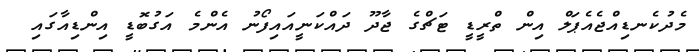
މެދުކެނޑިއްޖެއެޕަލް އިން ތްރީޑީ ޓަޗްގެ ޖާދޫ ދައްކަނީއައިފޯނު އެންމެ އަގުބޮޑީ އިންޑިއާގައި